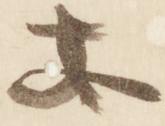
安